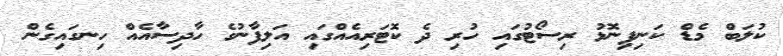
ކުލަބް މެޑް ކަނިފިނޮޅު ރިސޯޓުގައި ހުރި ދެ ކޮޓަރިއެއްގައި އަލިފާނުގެ ހާދިސާއެއް ހިނގައިގެން